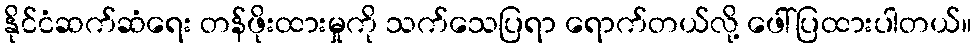
နိုင်ငံဆက်ဆံရေး တန်ဖိုးထားမှုကို သက်သေပြရာ ရောက်တယ်လို့ ဖေါ်ပြထားပါတယ်။